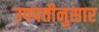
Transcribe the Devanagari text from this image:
उपपत्तीनुसार